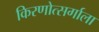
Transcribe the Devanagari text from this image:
किरणोत्सर्गाला